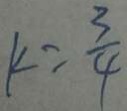
k = \frac { 3 } { 4 }